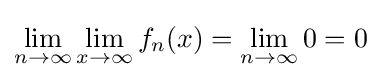
\lim _{n\to \infty }\lim _{x\to \infty }f_{n}(x)=\lim _{n\to \infty }0=0